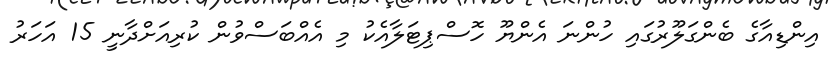
އިންޑިއާގެ ބެންގަލޫރުގައި ހުންނަ އެންޔޫ ހޮސްޕިޓަލާއެކު މި އެއްބަސްވުން ކުރިއަށްދާނީ 15 އަހަރު